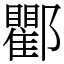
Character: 𨟠